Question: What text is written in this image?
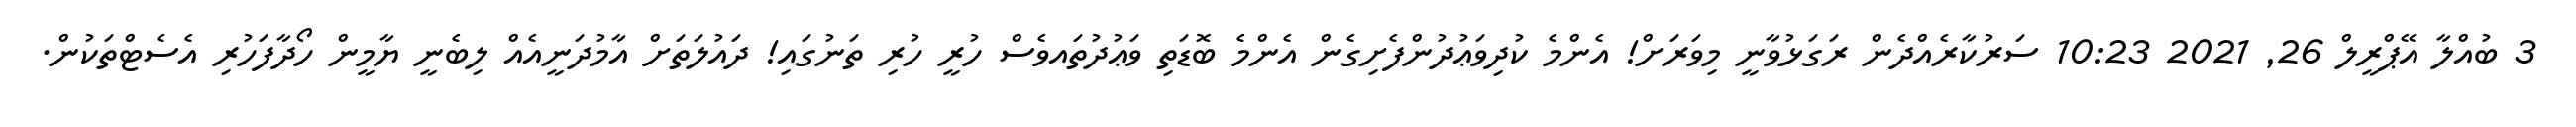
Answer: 3 ބުއްލާ އޭޕްރީލް 26, 2021 10:23 ސަރުކާރެއްދެން ރަގަޅުވާނީ މިވަރަށް! އެންމެ ކުދިވަޢުދުންފެށިގެން އެންމެ ބޮޑަތި ވަޢުދުތައވެސް ހުރީ ހުރި ތަނުގައި! ދައުލަތަށް އާމުދަނީއެއް ލިބެނީ ޔާމީން ހޯދާފަހުރި އެސެޓްތަކުން.